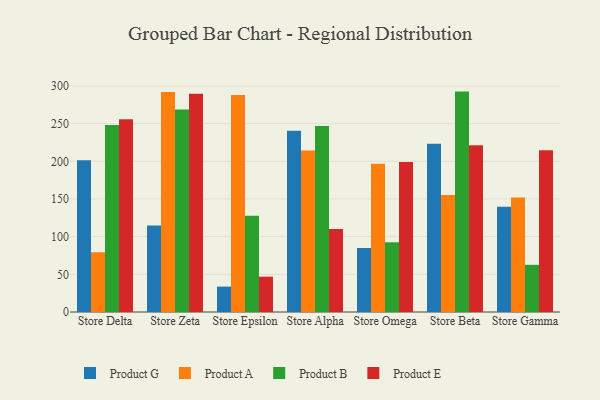
{"axis": {"x": "Store", "y": "Demand Index"}, "legend": ["Product A", "Product B", "Product E", "Product G"], "data": [{"x": "Store Delta", "y": 201.4, "type": "Product G"}, {"x": "Store Delta", "y": 79.3, "type": "Product A"}, {"x": "Store Delta", "y": 248.1, "type": "Product B"}, {"x": "Store Delta", "y": 255.8, "type": "Product E"}, {"x": "Store Zeta", "y": 114.8, "type": "Product G"}, {"x": "Store Zeta", "y": 291.9, "type": "Product A"}, {"x": "Store Zeta", "y": 268.9, "type": "Product B"}, {"x": "Store Zeta", "y": 289.5, "type": "Product E"}, {"x": "Store Epsilon", "y": 33.7, "type": "Product G"}, {"x": "Store Epsilon", "y": 288.1, "type": "Product A"}, {"x": "Store Epsilon", "y": 127.6, "type": "Product B"}, {"x": "Store Epsilon", "y": 46.9, "type": "Product E"}, {"x": "Store Alpha", "y": 240.5, "type": "Product G"}, {"x": "Store Alpha", "y": 214.4, "type": "Product A"}, {"x": "Store Alpha", "y": 246.8, "type": "Product B"}, {"x": "Store Alpha", "y": 110.0, "type": "Product E"}, {"x": "Store Omega", "y": 85.0, "type": "Product G"}, {"x": "Store Omega", "y": 196.7, "type": "Product A"}, {"x": "Store Omega", "y": 92.7, "type": "Product B"}, {"x": "Store Omega", "y": 199.1, "type": "Product E"}, {"x": "Store Beta", "y": 223.2, "type": "Product G"}, {"x": "Store Beta", "y": 155.2, "type": "Product A"}, {"x": "Store Beta", "y": 292.5, "type": "Product B"}, {"x": "Store Beta", "y": 221.2, "type": "Product E"}, {"x": "Store Gamma", "y": 139.6, "type": "Product G"}, {"x": "Store Gamma", "y": 152.0, "type": "Product A"}, {"x": "Store Gamma", "y": 62.6, "type": "Product B"}, {"x": "Store Gamma", "y": 214.5, "type": "Product E"}]}